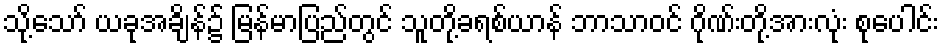
သို့သော် ယခုအချိန်၌ မြန်မာပြည်တွင် သူတို့ခရစ်ယာန် ဘာသာဝင် ဂိုဏ်းတို့အားလုံး စုပေါင်း